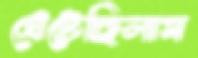
ঘেঁটেছিলাম